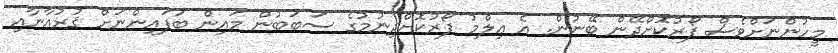
މީހުންނަށްވެސް ފޯރުކޮށްދޭން ބޭނުން. އެ ޢިލްމު ފޯރުކޮށްދިނުމުގެ ސަބަބުން މައިން ބަފައިންނަށް ޤުރުއާނާއި